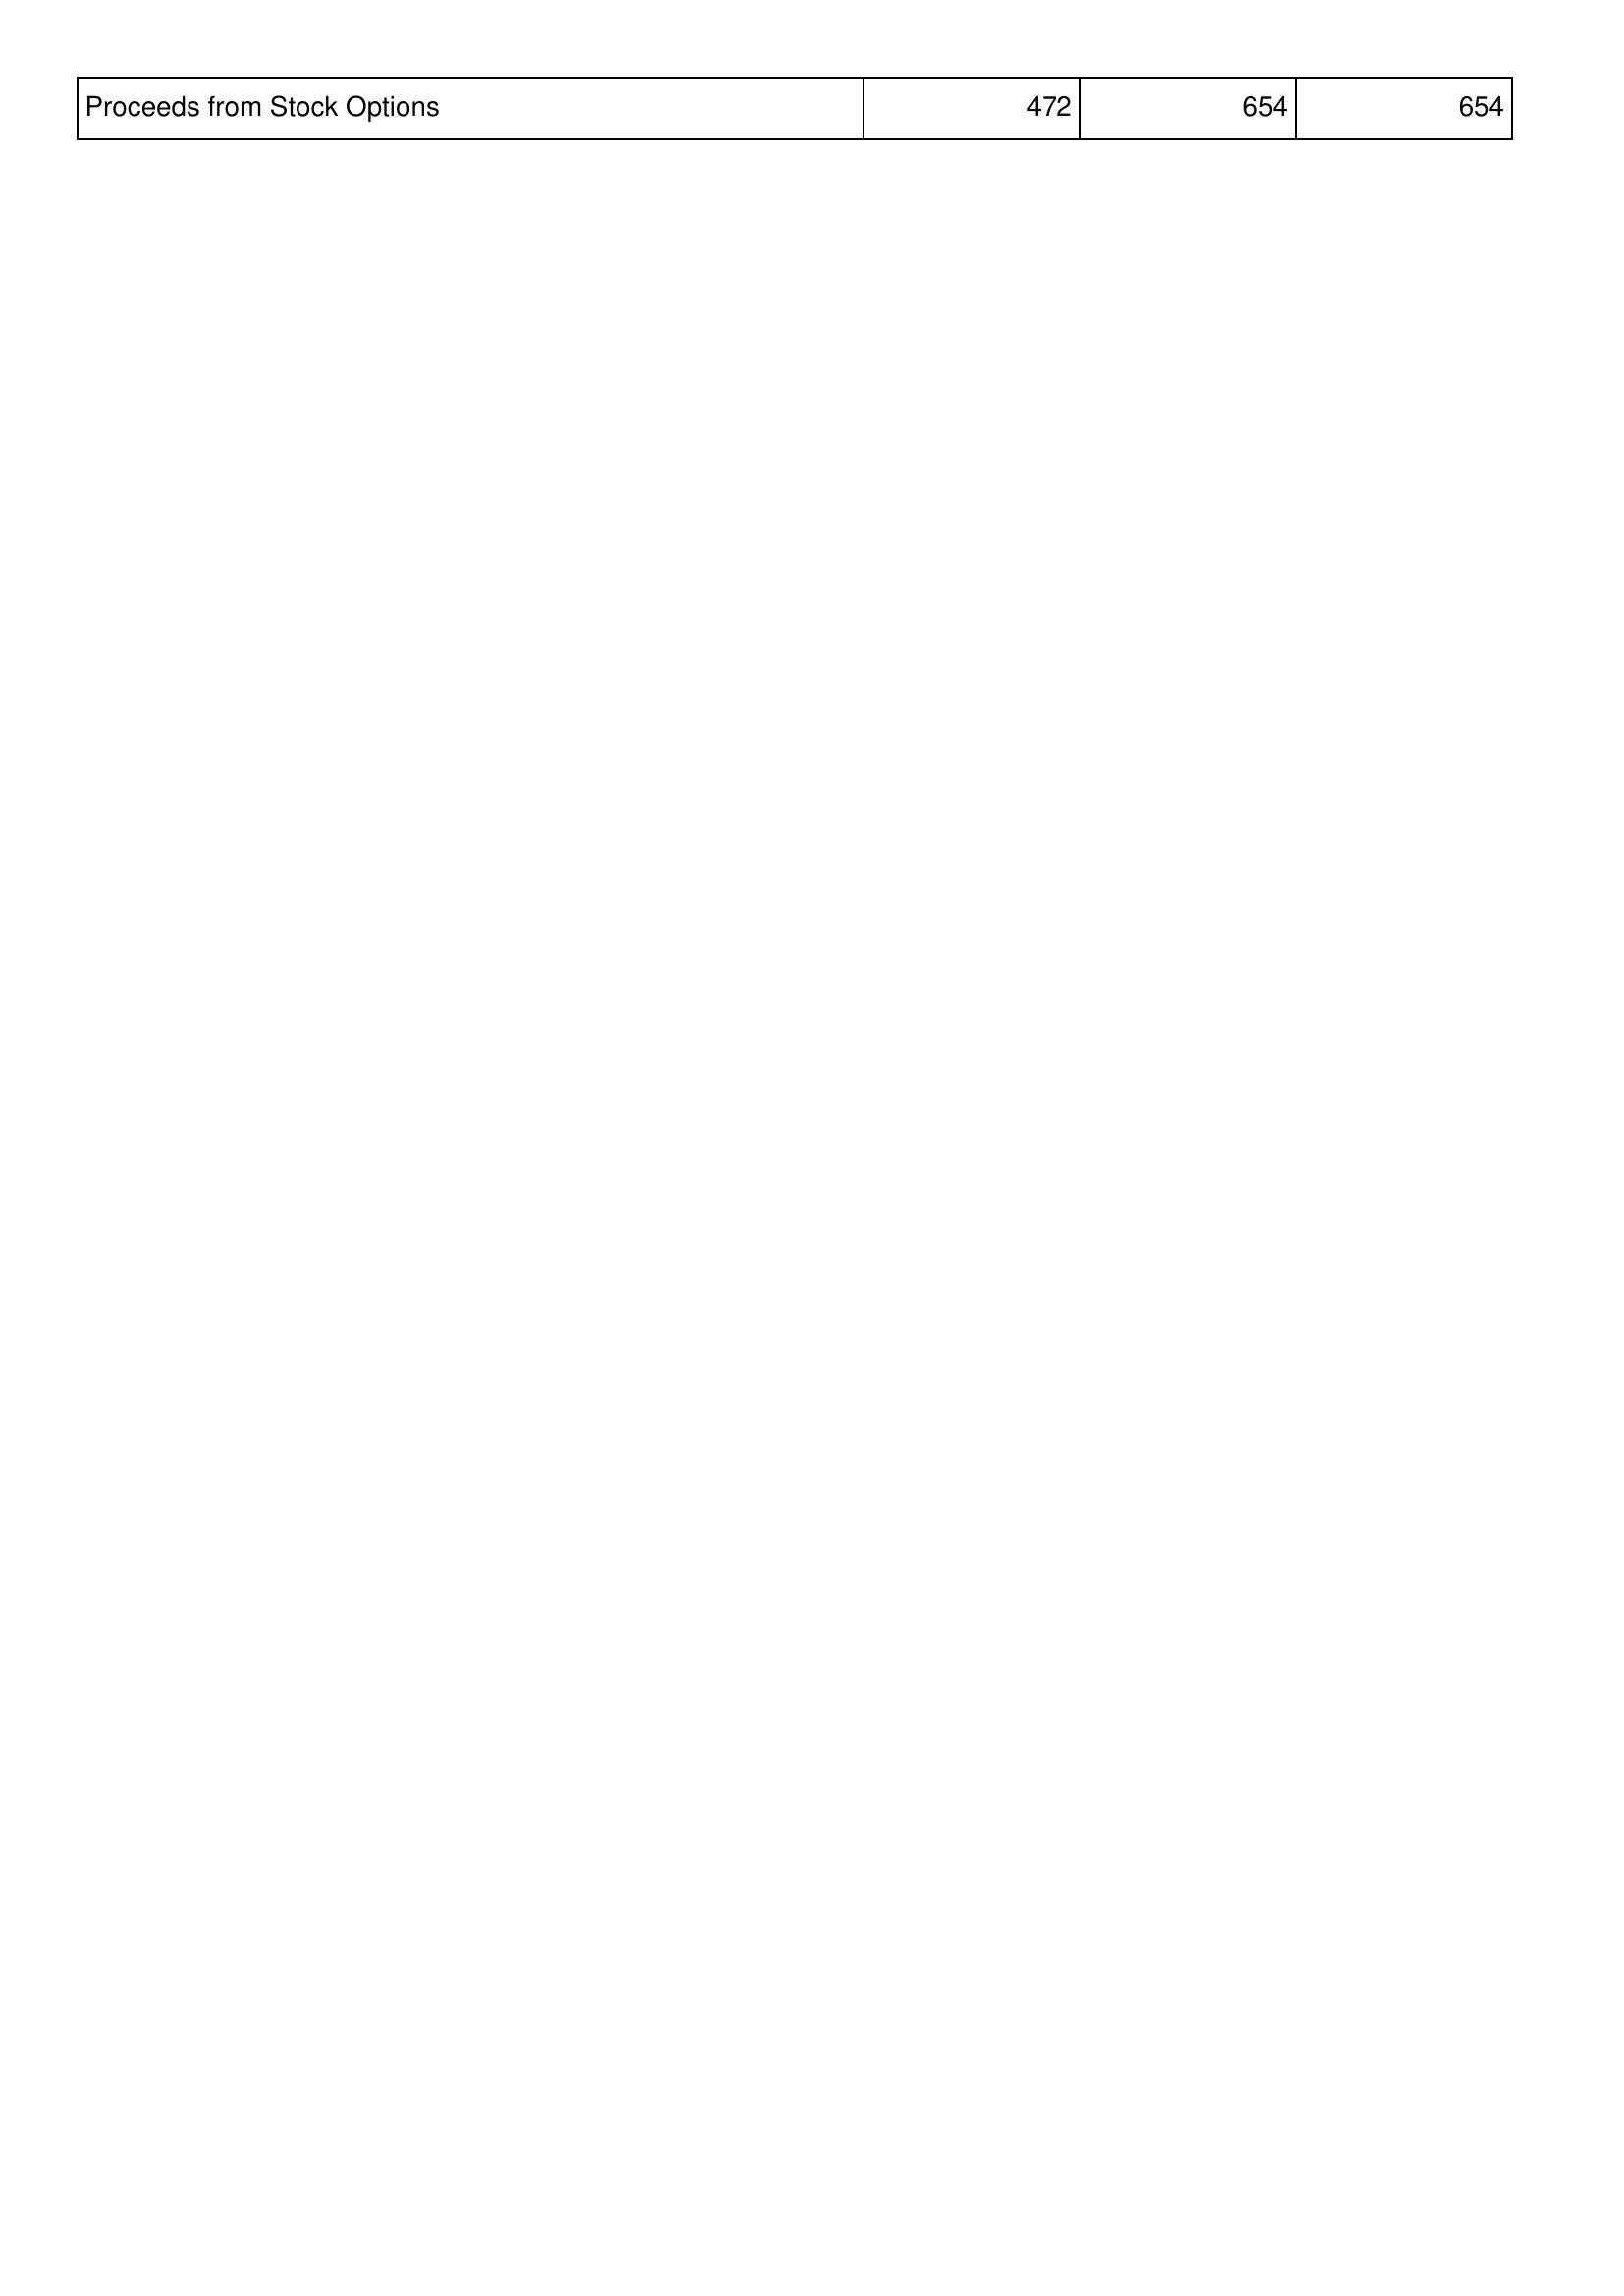
2009: Financing Activities: Proceeds from Stock Options: 472
2008: Financing Activities: Proceeds from Stock Options: 654
2007: Financing Activities: Proceeds from Stock Options: 654